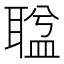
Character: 𦖬